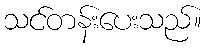
သင်တန်းပေးသည်။